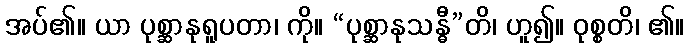
အပ်၏။ ယာ ပုစ္ဆာနုရူပတာ၊ ကို။ “ပုစ္ဆာနုသန္ဓီ”တိ၊ ဟူ၍။ ဝုစ္စတိ၊ ၏။